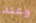
وعند